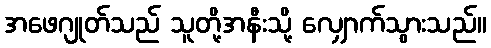
အဖေဂျုတ်သည် သူတို့အနီးသို့ လျှောက်သွားသည်။